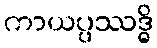
ကာယပ္ပဿဒ္ဓိ